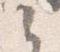
之